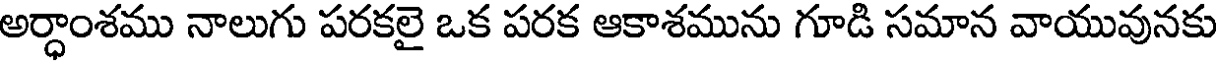
అర్ధాంశము నాలుగు పరకలై ఒక పరక ఆకాశమును గూడి సమాన వాయువునకు